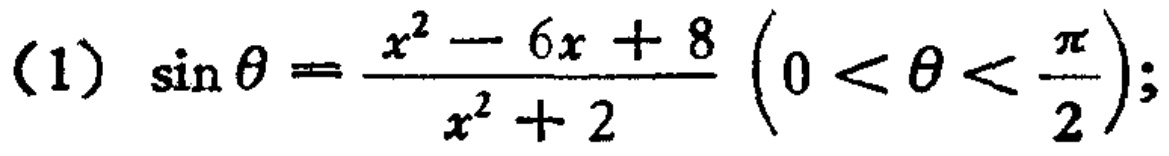
\((1)\ \sin\theta=\frac{x^{2}-6x + 8}{x^{2}+2}\left(0<\theta<\frac{\pi}{2}\right);\)